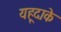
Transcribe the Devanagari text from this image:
यहूदाके